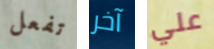
تفعل آخر علي